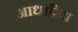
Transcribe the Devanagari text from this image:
आधारिय